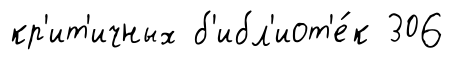
кр'ит'ичных б'ибл'иот'е́к 306